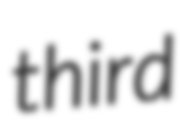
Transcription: third